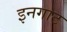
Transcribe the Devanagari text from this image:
इनगाट